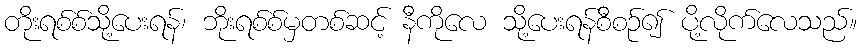
တိုးရစ်စ်သို့ပေးရန်၊ ဘိုးရစ်စ်မှတစ်ဆင့် နီကိုလေ သို့ပေးရန်စီစဉ်၍ ပို့လိုက်လေသည်။